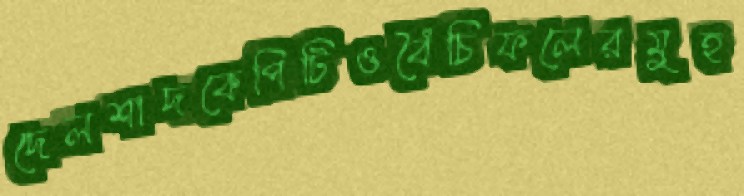
দেলশাদকেপিটিওবৈঁচিফলেরমুহ